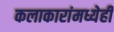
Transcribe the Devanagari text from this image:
कलाकारांमध्येही